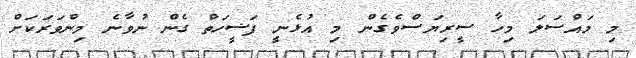
މި މައްސަލަ މިހާ ސީރިޔަސްވެގެން މި އުޅެނީ ފަޟީހަތް ގެން ނުވާނެ މިންވަރަކަށް